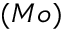
( M o )